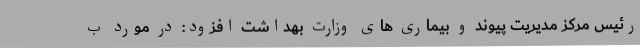
رئیس مرکز مدیریت پیوند و بیماری های وزارت بهداشت افزود: در مورد ب